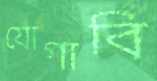
যোগাবি